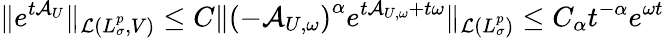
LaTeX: \Vert e^{t\mathcal{A}_{U}}\Vert_{\mathcal{L}(L_{\sigma}^{p},V)}\leq C\Vert\left(-\mathcal{A}_{U,\omega}\right)^{\alpha}e^{t\mathcal{A}_{U,\omega}+t\omega}\Vert_{\mathcal{L}(L_{\sigma}^{p})}\leq C_{\alpha}t^{-\alpha}e^{\omega t}